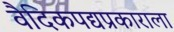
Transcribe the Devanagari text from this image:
वैदिकपद्यप्रकाराला